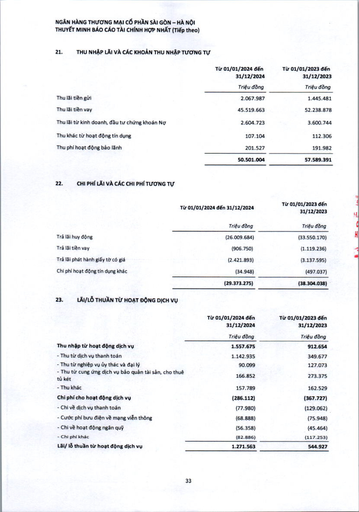
||Từ 01/01/2024 đến 31/12/2024 Triệu đồng|Từ 01/01/2023 đến 31/12/2023 Triệu đồng| |---|---|---| |Thu lãi tiền gửi|2.067.987|1.445.481| |Thu lãi tiền vay|45.519.663|52.238.878| |Thu lãi từ kinh doanh, đầu tư chứng khoán Nợ|2.604.723|3.600.744| |Thu khác từ hoạt động tín dụng|107.104|112.306| |Thu phí hoạt động bảo lãnh|201.527|191.982| ||50.501.004|57.589.391| ||Từ 01/01/2024 đến 31/12/2024|Từ 01/01/2023 đến 31/12/2023| |---|---|---| ||Triệu đồng|Triệu đồng| |Trả lãi huy động|(26.009.684)|(33.550.170)| |Trả lãi tiền vay|(906.750)|(1.119.236)| |Trả lãi phát hành giấy tờ có giá|(2.421.893)|(3.137.595)| |Chi phí hoạt động tín dụng khác|(34.948)|(497.037)| ||(29.373.275)|(38.304.038)| ||Từ 01/01/2024 đến 31/12/2024|Từ 01/01/2023 đến 31/12/2023| |---|---|---| ||Triệu đồng|Triệu đồng| |Thu nhập từ hoạt động dịch vụ|1.557.675|912.654| |- Thu từ dịch vụ thanh toán|1.142.935|349.677| |- Thu từ nghiệp vụ ủy thác và đại lý|90.099|127.073| |- Thu từ cung ứng dịch vụ bảo quản tài sản, cho thuê tủ két|166.852|273.375| |- Thu khác|157.789|162.529| |Chi phí cho hoạt động dịch vụ|(286.112)|(367.727)| |- Chi về dịch vụ thanh toán|(77.980)|(129.062)| |- Cước phí bưu điện về mạng viễn thông|(68.888)|(75.948)| |- Chi về hoạt động ngân quỹ|(56.358)|(45.464)| |- Chi phí khác|(82.886)|(117.253)| |Lãi/Lỗ thuần từ hoạt động dịch vụ|1.271.563|544.927|